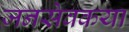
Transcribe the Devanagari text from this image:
जनसेवकया